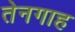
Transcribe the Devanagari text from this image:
तेनगाह